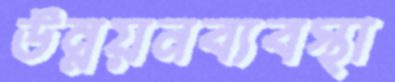
উন্নয়নব্যবস্থা